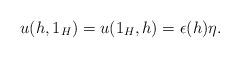
LaTeX: \begin{align*} u(h,1_H)=u(1_H,h) = \epsilon(h) \eta. \end{align*}